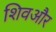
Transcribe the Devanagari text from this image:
शिवऔर